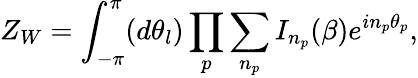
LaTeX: Z_{W}=\int_{-\pi}^{\pi}(d\theta_{l})\prod_{p}\sum_{n_{p}}I_{n_{p}}(\beta)e^{in_{p}{\theta}_{p}},